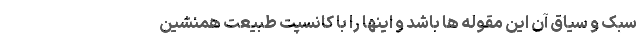
سبک و سیاق آن این مقوله ها باشد و اینها را با کانسپت طبیعت همنشین